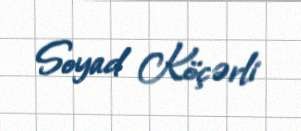
Soyad Köçərli